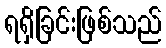
ရရှိခြင်းဖြစ်သည်